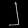
Digit: ၂